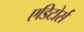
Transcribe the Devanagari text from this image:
एडिटोर्स